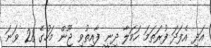
އަދި އެފަދަ ފުރަތަމަ ހަމަލާ ދިނީ ފާއިތުވި ޖޫން މަހުގެ 28 ވަނަ